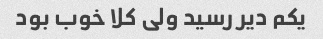
یکم دیر رسید ولی کلا خوب بود